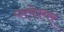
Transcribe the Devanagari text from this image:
परमेश्वर्